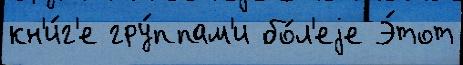
кн'и́г'е гру́ппам'и бо́л'еjе Э́тот